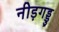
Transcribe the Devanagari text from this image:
नीड़गड्डु